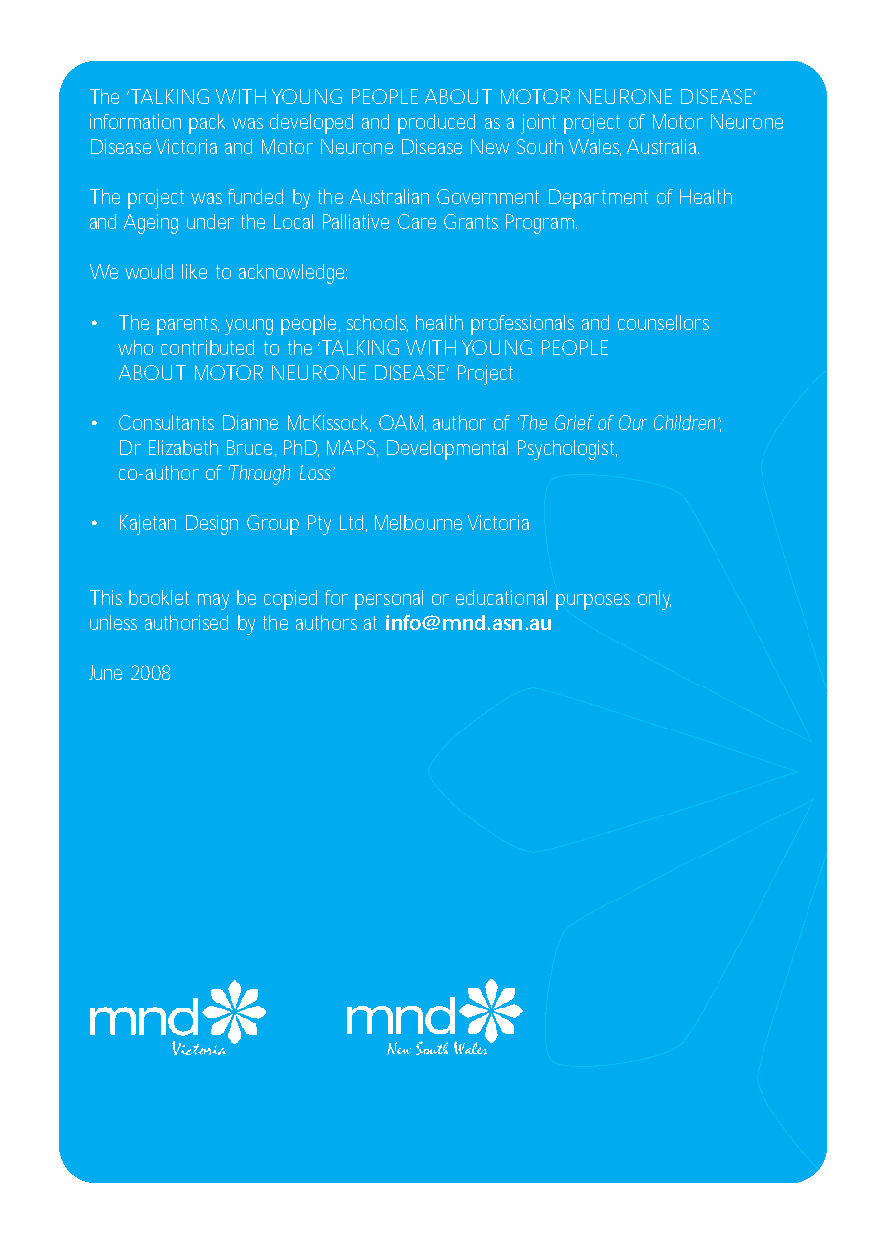
MND Friends A5 4/7/08 4:29pm Page 8
 The ‘TALKING WITH YOUNG PEOPLE ABOUT MOTOR NEURONE DISEASE’
 information pack was developed and produced as a joint project of Motor Neurone
 Disease Victoria and Motor Neurone Disease New South Wales,Australia.
 The project was funded by the Australian Government Department of Health
 and Ageing under the Local Palliative Care Grants Program.
 We would like to acknowledge:
 • The parents,young people,schools,health professionals and counsellors
 who contributed to the‘TALKING WITH YOUNG PEOPLE
 ABOUT MOTOR NEURONE DISEASE’ Project
 • Consultants Dianne McKissock,OAM,author of ‘The Grief of Our Children’;
 Dr Elizabeth Bruce,PhD,MAPS,Developmental Psychologist,
 co-author of‘Through Loss’
 • Kajetan Design Group Pty Ltd,Melbourne Victoria
 This booklet may be copied for personal or educational purposes only,
 unless authorised by the authors at info@mnd.asn.au
 June 2008